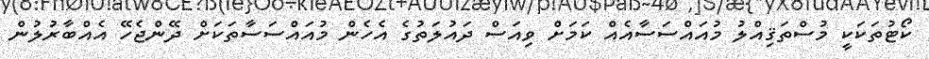
ކޯޓުތަކަކީ މުސްތަޤިއްލު މުއައްސަސާއެއް ކަމަށް ވިއަސް ދައުލަތުގެ އެހެން މުއައްސަސާތަކަށް ދޭންޖެހޭ އެއްބާރުލުން